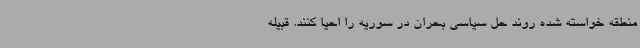
منطقه خواسته شده روند حل سیاسی بحران در سوریه را احیا کنند. قبیله